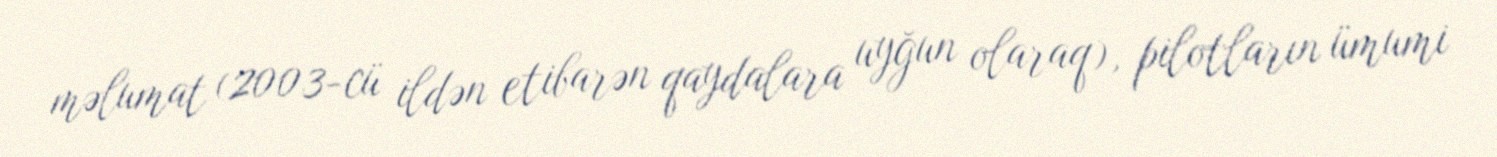
məlumat (2003-cü ildən etibarən qaydalara uyğun olaraq), pilotların ümumi